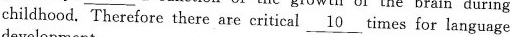
childhood. Therefore there are critical \underline{10} times for language